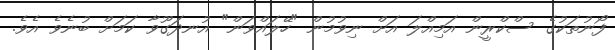
ފޯނުތަކުގެ ސްކްރީން އަމިއްލަ އަށް ނިވުމުން "ހޭލައްވަން" އުނދަގޫވާ ކަމަށް ބުނެވެ އެވެ.